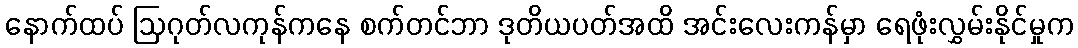
နောက်ထပ် ဩဂုတ်လကုန်ကနေ စက်တင်ဘာ ဒုတိယပတ်အထိ အင်းလေးကန်မှာ ရေဖုံးလွှမ်းနိုင်မှုက